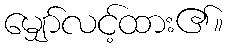
မျှော်လင့်ထား၏။